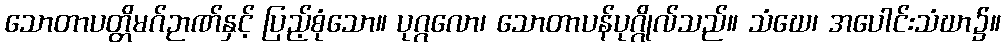
သောတာပတ္တိမဂ်ဉာဏ်နှင့် ပြည့်စုံသော။ ပုဂ္ဂလော၊ သောတာပန်ပုဂ္ဂိုလ်သည်။ သံဃေ၊ အပေါင်းသံဃာ၌။